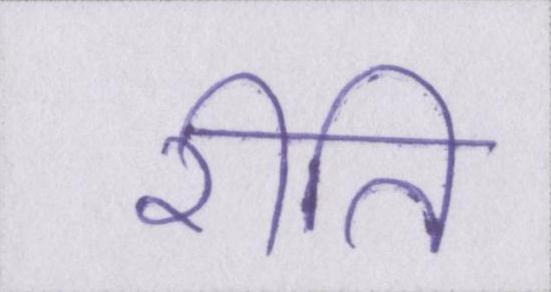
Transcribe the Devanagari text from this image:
रीति